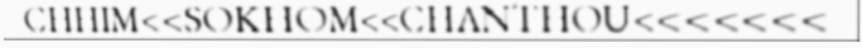
CHHIM<<SOKHOM<<CHANTHOU<<<<<<<